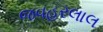
જવહરલાલ